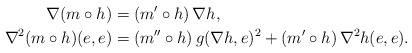
\begin{align*}\nabla(m\circ h)&=(m'\circ h)\,\nabla h,\\\nabla^2(m\circ h)(e,e)&=(m''\circ h)\,g(\nabla h,e)^2+(m'\circ h)\,\nabla^2h(e,e).\end{align*}